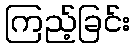
ကြည့်ခြင်း